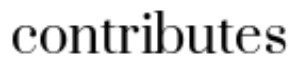
contributes